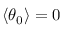
\langle \theta _ { 0 } \rangle = 0